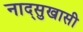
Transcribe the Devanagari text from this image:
नाद्सुखासी